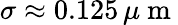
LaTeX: \sigma\approx 0.125\, \mu\mathrm{~m~}